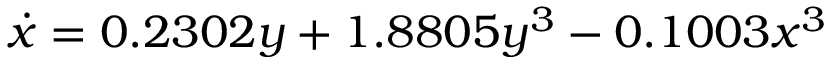
\dot { x } = 0 . 2 3 0 2 y + 1 . 8 8 0 5 y ^ { 3 } - 0 . 1 0 0 3 x ^ { 3 }